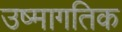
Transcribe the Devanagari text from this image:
उष्मागतिक